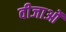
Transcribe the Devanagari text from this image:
वीजाओं